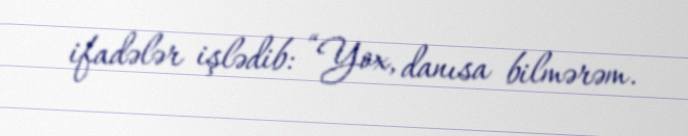
ifadələr işlədib: “Yox, danısa bilmərəm.